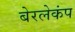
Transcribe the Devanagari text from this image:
बेरलेकंप